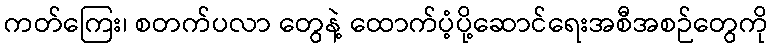
ကတ်ကြေး၊ စတက်ပလာ တွေနဲ့ ထောက်ပံ့ပို့ဆောင်ရေးအစီအစဉ်တွေကို